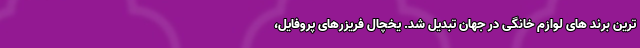
ترین برند های لوازم خانگی در جهان تبدیل شد. یخچال فریزرهای پروفایل،